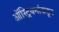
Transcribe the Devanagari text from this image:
ऑस्ट्रियनांकडून